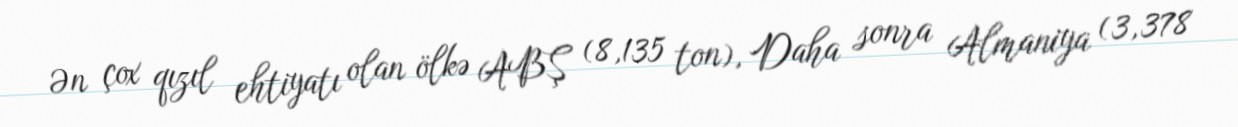
Ən çox qızıl ehtiyatı olan ölkə ABŞ (8,135 ton), Daha sonra Almaniya (3,378